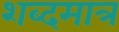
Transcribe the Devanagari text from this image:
शब्दमात्र